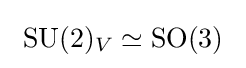
\ {\text{SU}}(2)_{V}\simeq {\text{SO}}(3)\